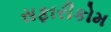
સફારીકોમ